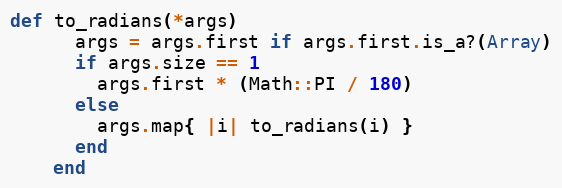
Language: Ruby
def to_radians(*args)
      args = args.first if args.first.is_a?(Array)
      if args.size == 1
        args.first * (Math::PI / 180)
      else
        args.map{ |i| to_radians(i) }
      end
    end